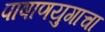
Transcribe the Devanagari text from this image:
पाषाणयुगाचा